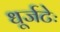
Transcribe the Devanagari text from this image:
धूर्जटेः